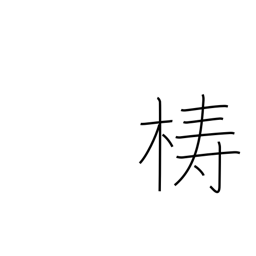
Meaning: block of wood